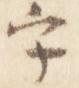
字